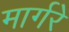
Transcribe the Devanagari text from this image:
मार्गरे